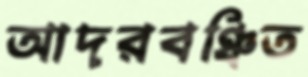
আদরবঞ্চিত